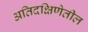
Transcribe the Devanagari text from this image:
अतिदक्षिणेतील